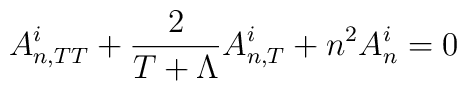
A^{i}_{n,TT}+\frac{2}{T+\Lambda}A^{i}_{n,T}+n^{2}A^{i}_{n}=0